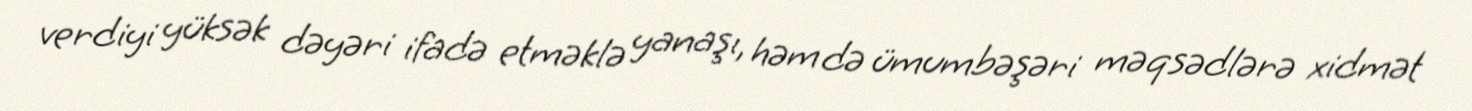
verdiyi yüksək dəyəri ifadə etməklə yanaşı, həm də ümumbəşəri məqsədlərə xidmət